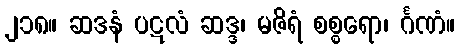
၂၁၈။ ဆဒနံ ပဋလံ ဆဒ္ဒ၊ မဇိရံ စစ္စရော၊ င်္ဂဏံ။